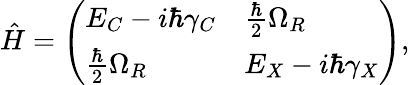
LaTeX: \hat{H}=\left(\begin{array}{ll}{E_{C}-i\hbar\gamma_{C}}&{\frac{\hbar}{2}\Omega_{R}}\\ {\frac{\hbar}{2}\Omega_{R}}&{E_{X}-i\hbar\gamma_{X}}\end{array}\right),